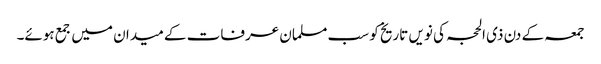
جمعہ کے دن ذی الحجہ کی نویں تاریخ کو سب مسلمان عرفات کے میدان میں جمع ہوئے۔